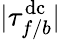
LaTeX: |\tau_{f/b}^{\mathrm{dc}}|